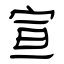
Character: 宣